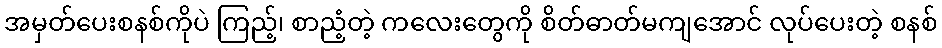
အမှတ်ပေးစနစ်ကိုပဲ ကြည့်၊ စာညံ့တဲ့ ကလေးတွေကို စိတ်ဓာတ်မကျအောင် လုပ်ပေးတဲ့ စနစ်